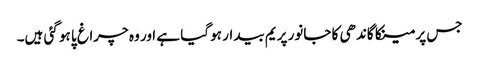
جس پر مینکا گاندھی کا جانور پریم بیدار ہو گیا ہے اور وہ چراغ پا ہو گئی ہیں۔